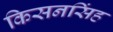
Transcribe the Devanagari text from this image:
किसनसिंह